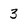
Character: 3